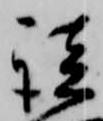
談